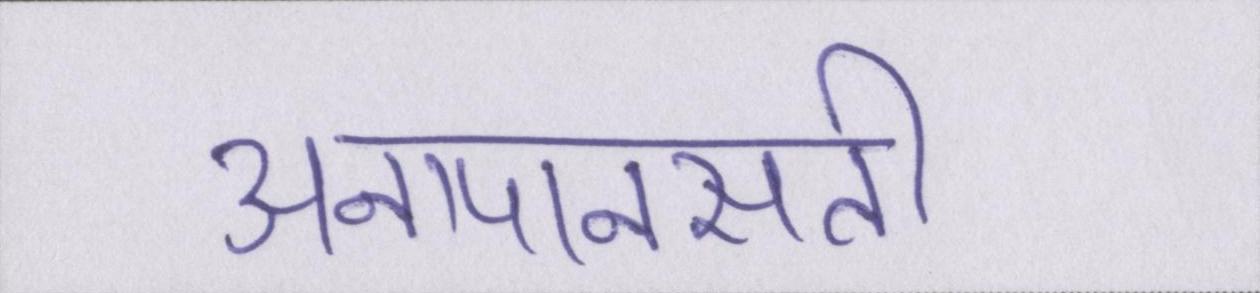
अनापानसती